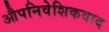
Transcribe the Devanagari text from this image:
औपनिवेशिकवाद